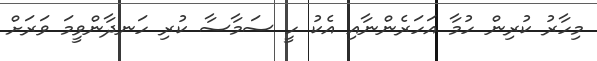
މިހާރު ކުރިން ހުމާ އަހަރެންނާއި އެކު ހީ ސަމާސާ ކުރި ހަނދާންވީމަ ވަރަށް